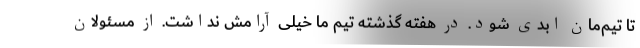
تا تیم‌مان ابدی شود. در هفته گذشته تیم ما خیلی آرامش نداشت. از مسئولان